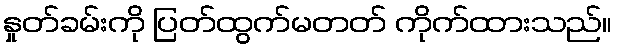
နှုတ်ခမ်းကို ပြတ်ထွက်မတတ် ကိုက်ထားသည်။